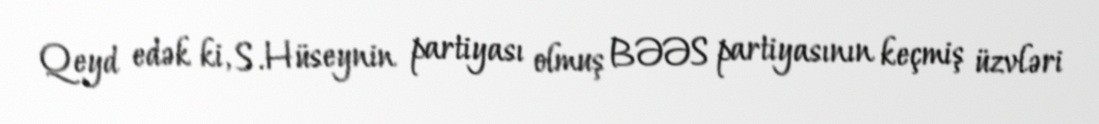
Qeyd edək ki, S.Hüseynin partiyası olmuş BƏƏS partiyasının keçmiş üzvləri